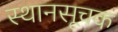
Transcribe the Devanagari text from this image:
स्थानसूचक